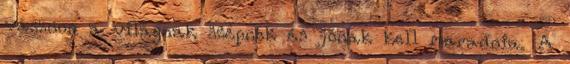
vásznon a világnak szépnek és jónak kell maradnia. A